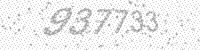
Solution: 937733